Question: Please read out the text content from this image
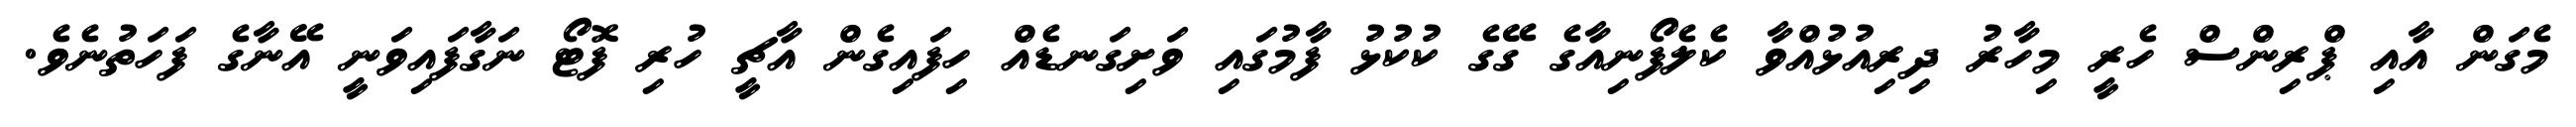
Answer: މެގަން އާއި ޕްރިންސް ހެރީ މިހާރު ދިރިއުޅުއްވާ ކެލެފޯނިއާގެ ގޭގެ ކުކުޅު ފާމުގައި ވަށިގަނޑެއް ހިފައިގެން އާޗީ ހުރި ފޮޓޯ ނަގާފައިވަނީ އޭނާގެ ފަހަތުނެވެ.